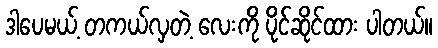
ဒါပေမယ့် တကယ်လှတဲ့ လေးကို ပိုင်ဆိုင်ထား ပါတယ်။